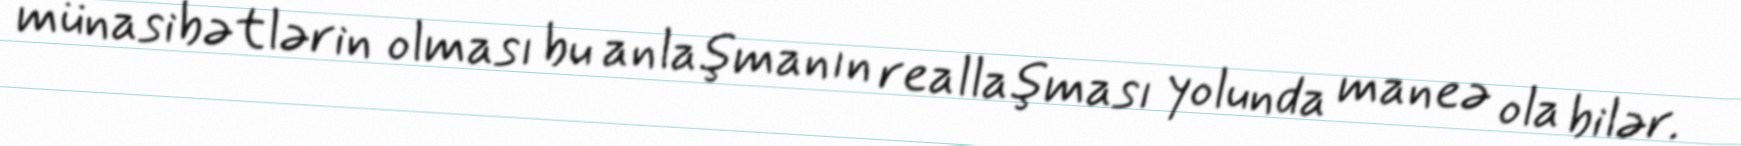
münasibətlərin olması bu anlaşmanın reallaşması yolunda maneə ola bilər.